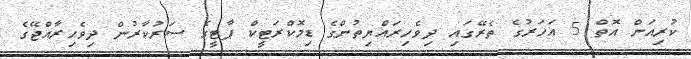
ކުރިއަށް އޮތް 5 އަހަރުގެ ތެރޭގައި ދިވެހިރައްޔިތުންގެ ޑިމޮކްރަޓީކް ޕާޓީގެ ސަރުކާރުން ދިވެހިރާއްޖޭގެ